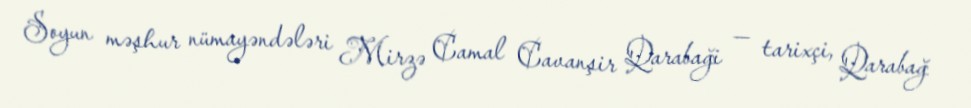
Soyun məşhur nümayəndələri Mirzə Camal Cavanşir Qarabaği — tarixçi, Qarabağ